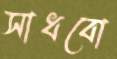
সাধবো